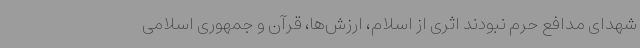
شهدای مدافع حرم نبودند اثری از اسلام، ارزش‌ها، قرآن و جمهوری اسلامی